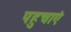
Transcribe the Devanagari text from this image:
पहुचाएं